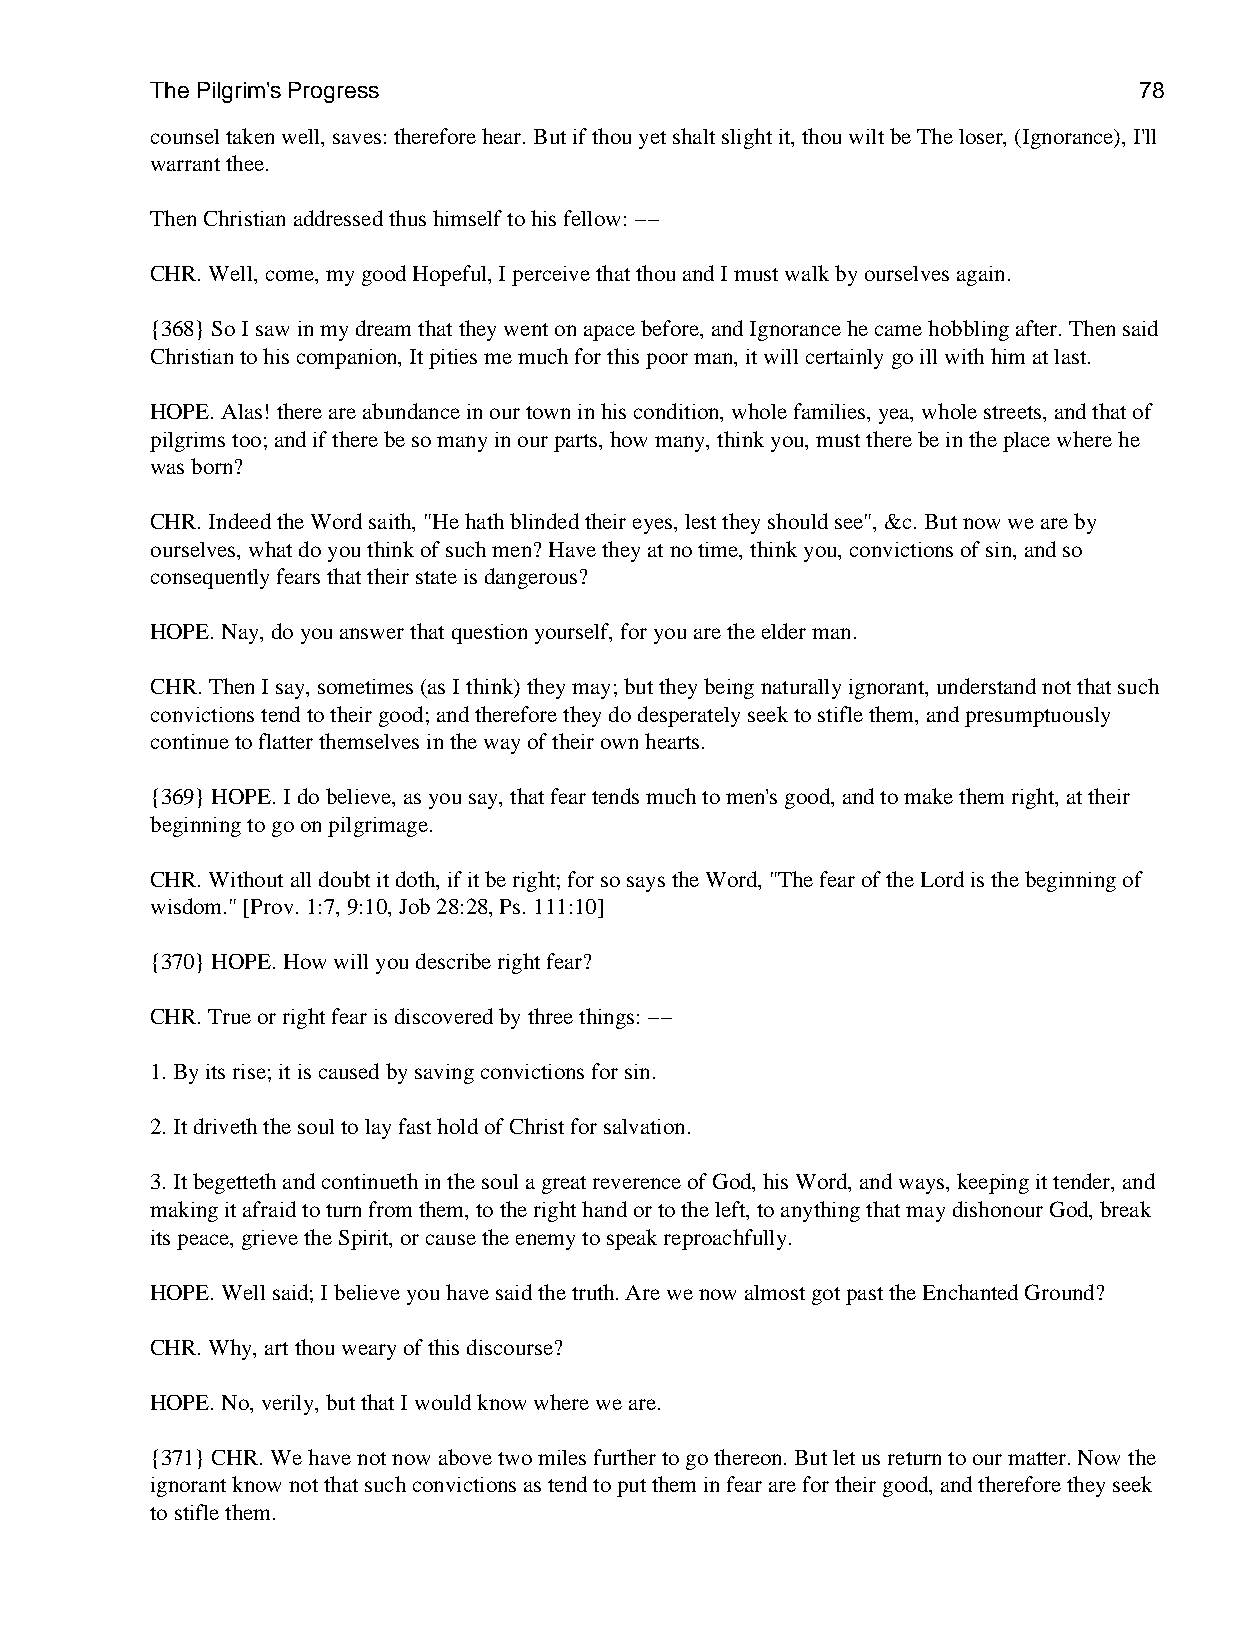
The Pilgrim's Progress                                           78
 counsel taken well, saves: therefore hear. But if thou yet shalt slight it, thou wilt be The loser, (Ignorance), I'll
 warrant thee.
 Then Christian addressed thus himself to his fellow: −−
 CHR. Well, come, my good Hopeful, I perceive that thou and I must walk by ourselves again.
 {368} So I saw in my dream that they went on apace before, and Ignorance he came hobbling after. Then said
 Christian to his companion, It pities me much for this poor man, it will certainly go ill with him at last.
 HOPE. Alas! there are abundance in our town in his condition, whole families, yea, whole streets, and that of
 pilgrims too; and if there be so many in our parts, how many, think you, must there be in the place where he
 was born?
 CHR. Indeed the Word saith, "He hath blinded their eyes, lest they should see", &c. But now we are by
 ourselves, what do you think of such men? Have they at no time, think you, convictions of sin, and so
 consequently fears that their state is dangerous?
 HOPE. Nay, do you answer that question yourself, for you are the elder man.
 CHR. Then I say, sometimes (as I think) they may; but they being naturally ignorant, understand not that such
 convictions tend to their good; and therefore they do desperately seek to stifle them, and presumptuously
 continue to flatter themselves in the way of their own hearts.
 {369} HOPE. I do believe, as you say, that fear tends much to men's good, and to make them right, at their
 beginning to go on pilgrimage.
 CHR. Without all doubt it doth, if it be right; for so says the Word, "The fear of the Lord is the beginning of
 wisdom." [Prov. 1:7, 9:10, Job 28:28, Ps. 111:10]
 {370} HOPE. How will you describe right fear?
 CHR. True or right fear is discovered by three things: −−
 1. By its rise; it is caused by saving convictions for sin.
 2. It driveth the soul to lay fast hold of Christ for salvation.
 3. It begetteth and continueth in the soul a great reverence of God, his Word, and ways, keeping it tender, and
 making it afraid to turn from them, to the right hand or to the left, to anything that may dishonour God, break
 its peace, grieve the Spirit, or cause the enemy to speak reproachfully.
 HOPE. Well said; I believe you have said the truth. Are we now almost got past the Enchanted Ground?
 CHR. Why, art thou weary of this discourse?
 HOPE. No, verily, but that I would know where we are.
 {371} CHR. We have not now above two miles further to go thereon. But let us return to our matter. Now the
 ignorant know not that such convictions as tend to put them in fear are for their good, and therefore they seek
 to stifle them.